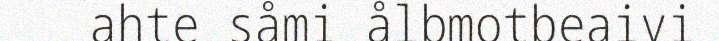
ahte såmi ålbmotbeaivi